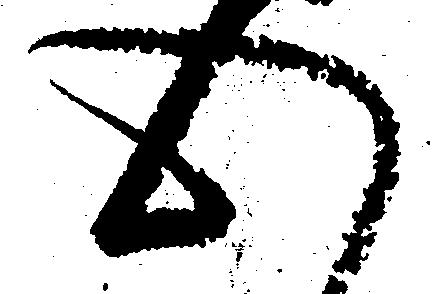
心